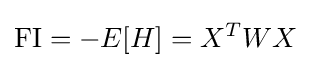
{\text{FI}}=-E[H]=X^{T}WX